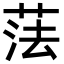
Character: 𦲾